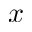
x